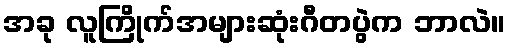
အခု လူကြိုက်အများဆုံးဂီတပွဲက ဘာလဲ။